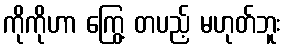
ကိုကိုဟာ ကြွေ့ တပည့် မဟုတ်ဘူး